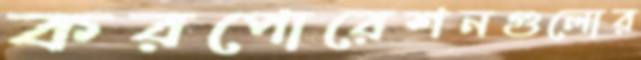
করপোরেশনগুলোর